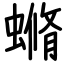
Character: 䗛